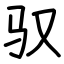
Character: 驭